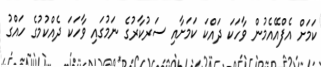
ކަމަށް އެފްއޭއެމުން ވާހަކަ ދައްކަ ކަމަށާއި ސަރުކާރުގެ ނަމުގައި ވާހަކަ ދެއްކުމުގެ ހައްގު